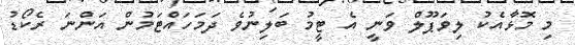
މި މޮޅާއެކު ލިވަޕޫލް ވަނީ އެ ޓީމު ބަލިނުވެ ދަމަހައްޓަމުން އަންނަ ރެކޯޑު